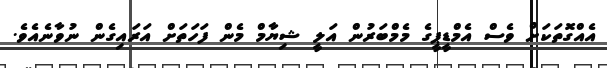
އެއްގޮތަކަށް ވެސް އެމްޑީޕީގެ މެމްބަރުން އަލީ ޝިޔާމް މެން ފަހަތަށް އަރައިގެން ނުވާނެއެވެ.